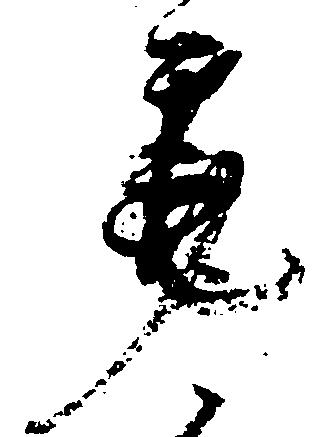
筆